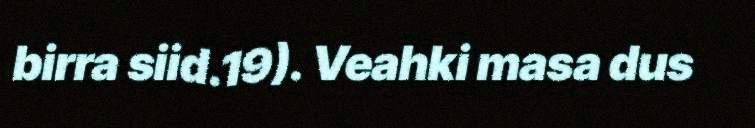
birra siid.19). Veahki masa dus